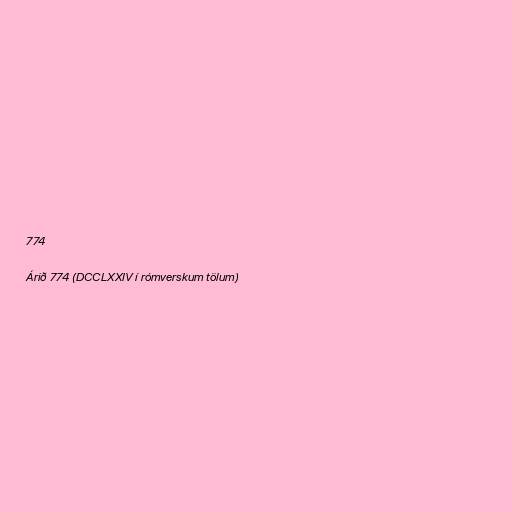
774

Árið 774 (DCCLXXIV í rómverskum tölum)